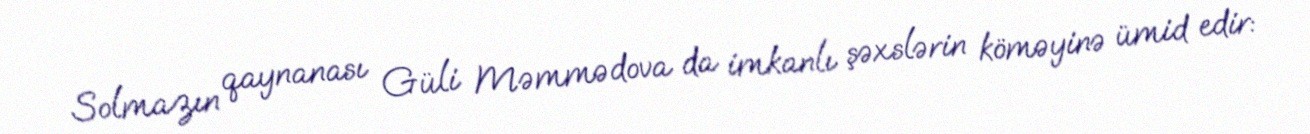
Solmazın qaynanası Güli Məmmədova da imkanlı şəxslərin köməyinə ümid edir: